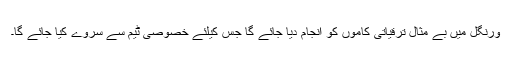
ورنگل میں بے مثال ترقیاتی کاموں کو انجام دیا جائے گا جس کیلئے خصوصی ٹیم سے سروے کیا جائے گا۔